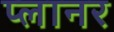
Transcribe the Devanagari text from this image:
प्‍लानर